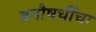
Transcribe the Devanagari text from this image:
वनौषधींचा